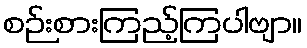
စဉ်းစားကြည့်ကြပါဗျာ။